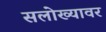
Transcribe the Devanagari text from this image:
सलोख्यावर